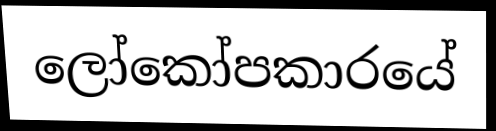
ලෝකෝපකාරයේ